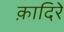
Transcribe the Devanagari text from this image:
क़ादिरे